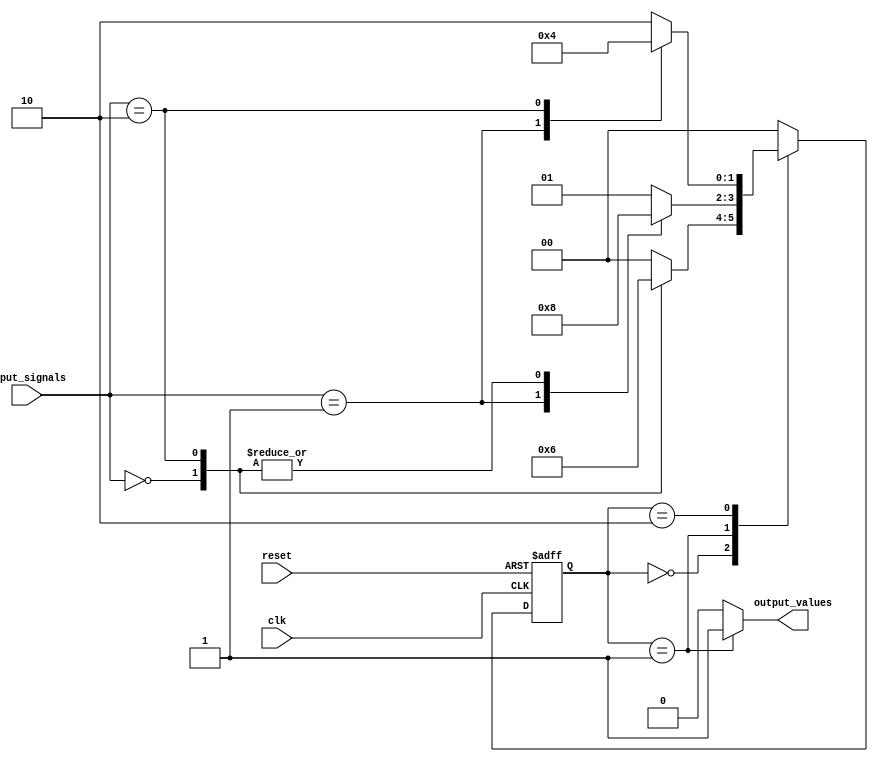
module moore_state_machine (
    input wire clk,
    input wire reset,
    input wire [1:0] input_signals,
    output reg output_values
);

// Define states
parameter state_A = 2'b00;
parameter state_B = 2'b01;
parameter state_C = 2'b10;

// Define outputs for each state
reg [1:0] current_state, next_state;

always @(posedge clk or posedge reset) begin
    if (reset) begin
        current_state <= state_A;
    end else begin
        current_state <= next_state;
    end
end

always @(*) begin
    case (current_state)
        state_A: begin
            output_values <= 1'b0; // Output value for state A
            case (input_signals)
                2'b00: next_state <= state_B;
                2'b01: next_state <= state_A;
                2'b10: next_state <= state_C;
                default: next_state <= state_A;
            endcase
        end
        state_B: begin
            output_values <= 1'b1; // Output value for state B
            case (input_signals)
                2'b00: next_state <= state_A;
                2'b01: next_state <= state_C;
                2'b10: next_state <= state_A;
                default: next_state <= state_B;
            endcase
        end
        state_C: begin
            output_values <= 1'b0; // Output value for state C
            case (input_signals)
                2'b00: next_state <= state_C;
                2'b01: next_state <= state_B;
                2'b10: next_state <= state_A;
                default: next_state <= state_C;
            endcase
        end
        default: begin
            output_values <= 1'b0;
            next_state <= state_A;
        end
    endcase
end

endmodule